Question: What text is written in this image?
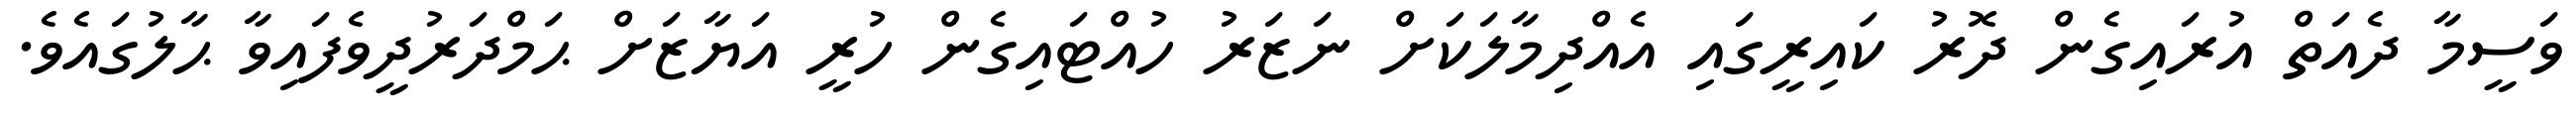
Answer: ވަސީމާ ދެއަތް އުރައިގެން ދޮރު ކައިރީގައި އެއްދިމާލަކަށް ނަޒަރު ހުއްޓައިގެން ހުރީ އަޔާޒަށް ޙަމްދަރުދީވެފައިވާ ޙާލުގައެވެ.